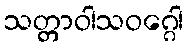
သတ္တာဝါသဝဂ္ဂေါ